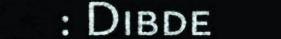
: Dibde